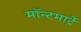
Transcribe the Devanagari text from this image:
मॉन्टमार्ट्रे